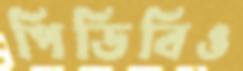
পিডিবিও